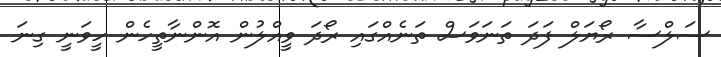
ސަލްސާ ރޯޔަލް ފަދަ ތަނަވަސް ތަނެއްގައި ރޯދަ ވީއްލުން އޮންނާތީހެން ހީވަނީ ގިނަ